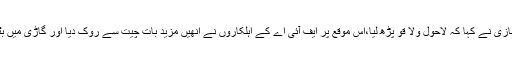
، جس پر ظفر حجازی نے کہا کہ لاحول ولا قو پڑھ لیا،اس موقع پر ایف آئی اے کے اہلکاروں نے انھیں مزید بات چیت سے روک دیا اور گاڑی میں بٹھا کر لئے گئے ۔